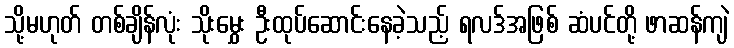
သို့မဟုတ် တစ်ချိန်လုံး သိုးမွှေး ဦးထုပ်ဆောင်းနေခဲ့သည့် ရလဒ်အဖြစ် ဆံပင်တို့ ဖာဆန်ကျဲ